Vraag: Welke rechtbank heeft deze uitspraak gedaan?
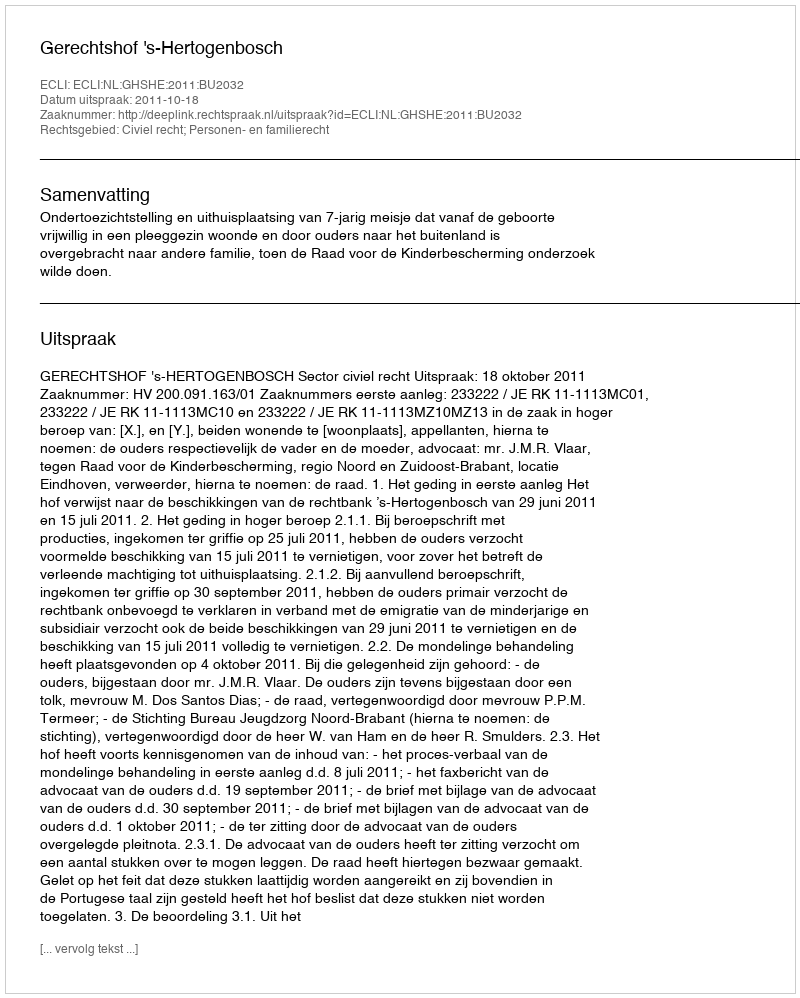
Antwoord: Gerechtshof 's-Hertogenbosch